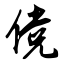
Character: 傥